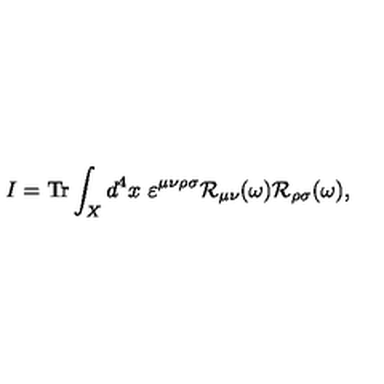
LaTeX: I = \mathrm { T r } \int _ { X } d ^ { 4 } x \ \varepsilon ^ { \mu \nu \rho \sigma } { \cal R } _ { \mu \nu } ( \omega ) { \cal R } _ { \rho \sigma } ( \omega ) ,